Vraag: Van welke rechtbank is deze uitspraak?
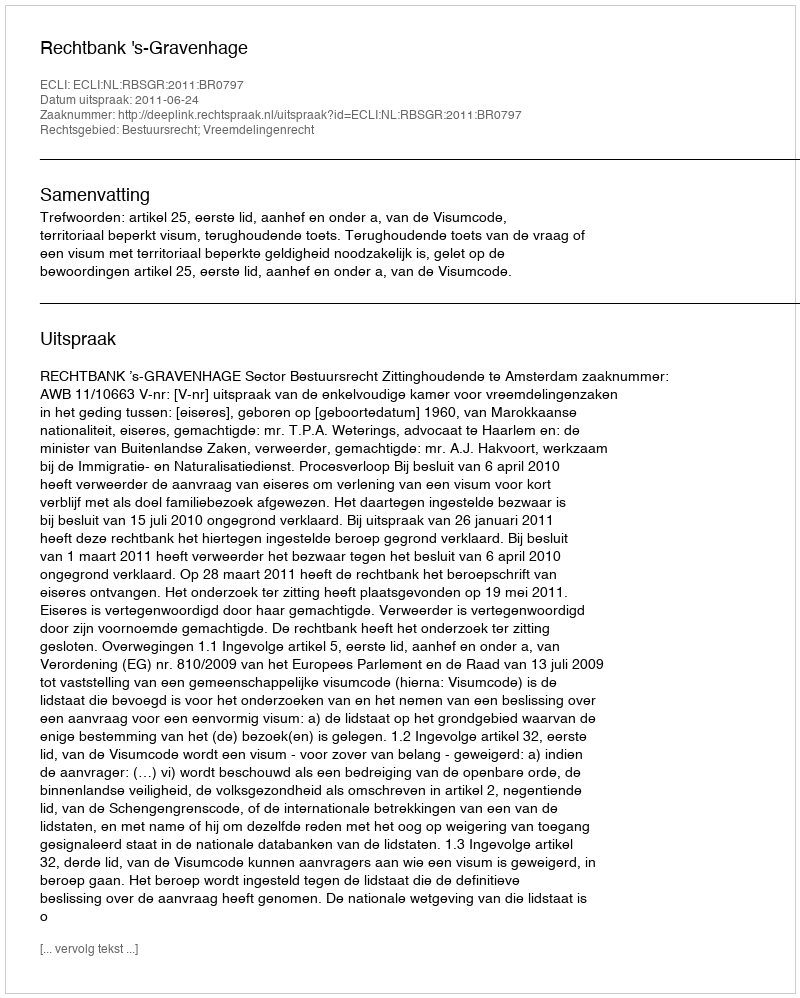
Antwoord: Rechtbank 's-Gravenhage